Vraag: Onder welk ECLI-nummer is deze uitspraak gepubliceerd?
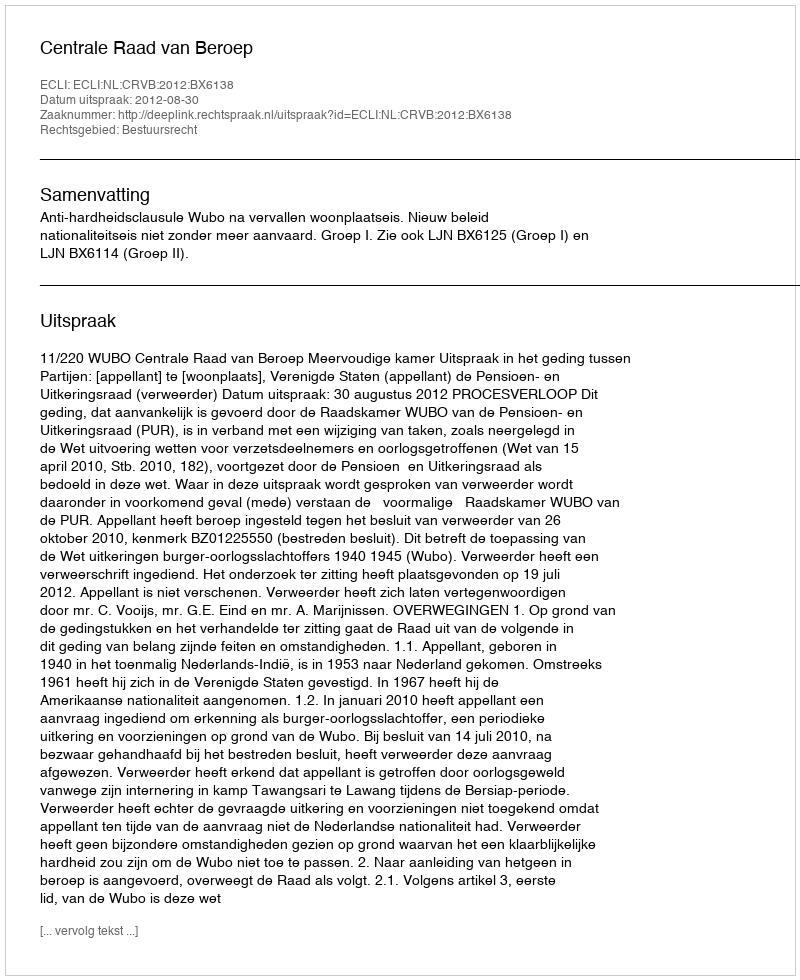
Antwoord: ECLI:NL:CRVB:2012:BX6138